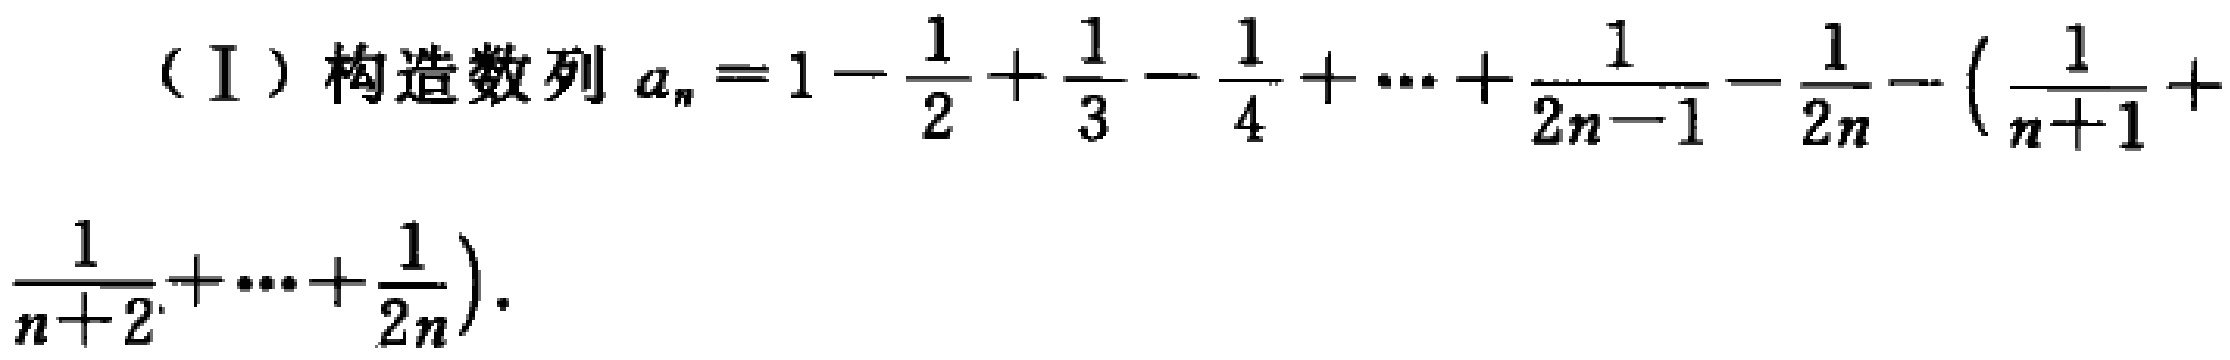
（I）构造数列\(a_{n}=1 - \frac{1}{2}+\frac{1}{3}-\frac{1}{4}+\cdots+\frac{1}{2n - 1}-\frac{1}{2n}-\left(\frac{1}{n + 1}+\frac{1}{n + 2}+\cdots+\frac{1}{2n}\right)\)。